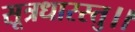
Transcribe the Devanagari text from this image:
सूत्रधारस्तु।।